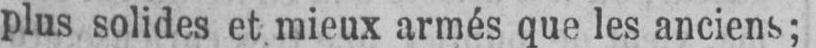
plus solides et mieux armés que les anciens;